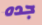
جده